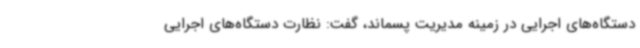
دستگاه‌های اجرایی در زمینه مدیریت پسماند، گفت: نظارت دستگاه‌های اجرایی